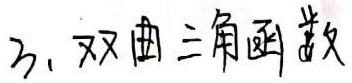
3. 双曲三角函数